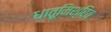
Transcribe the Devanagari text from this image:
धातूमिश्रित